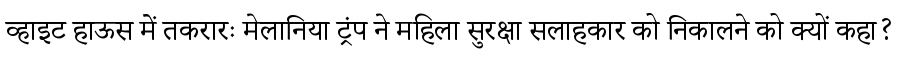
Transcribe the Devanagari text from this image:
व्हाइट हाऊस में तकरारः मेलानिया ट्रंप ने महिला सुरक्षा सलाहकार को निकालने को क्यों कहा?